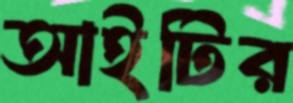
আইটির